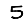
Digit: 5